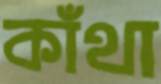
কাঁথা